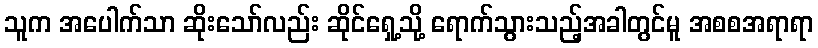
သူက အပေါက်သာ ဆိုးသော်လည်း ဆိုင်ရှေ့သို့ ရောက်သွားသည့်အခါတွင်မူ အစစအရာရာ